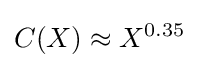
C(X)\approx X^{0.35}